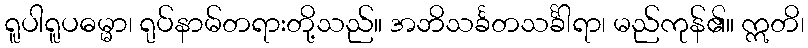
ရူပါရူပဓမ္မာ၊ ရုပ်နာမ်တရားတို့သည်။ အဘိသင်္ခတသင်္ခါရာ၊ မည်ကုန်၏။ ဣတိ၊